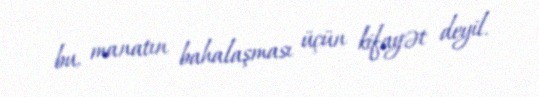
bu, manatın bahalaşması üçün kifayət deyil.